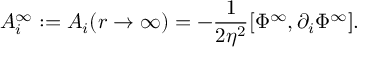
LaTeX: A _ { i } ^ { \infty } : = A _ { i } ( r \rightarrow \infty ) = - \frac { 1 } { 2 \eta ^ { 2 } } [ \Phi ^ { \infty } , \partial _ { i } \Phi ^ { \infty } ] .